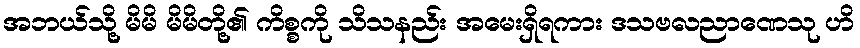
အဘယ်သို့ မိမိ မိမိတို့၏ ကိစ္စကို သိသနည်း အမေးရှိရကား ဒသဗလညာဏေသု ဟိ